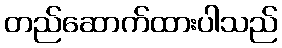
တည်ဆောက်ထားပါသည်